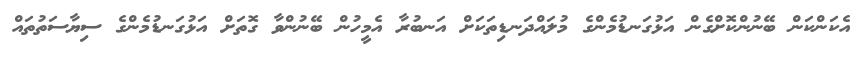
އެކަންކަން ބޭނުންކޮށްގެން އަޅުގަނޑުމެންގެ މުލައްދަނޑިތަކަށް އަނބުރާ އެމީހުން ބޭނުންވާ ގޮތަށް އަޅުގަނޑުމެންގެ ސިޔާސަތުތައް